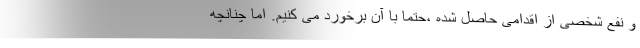
و نفع شخصی از اقدامی حاصل شده ،‌حتما با آن برخورد می کنیم. اما چنانچه